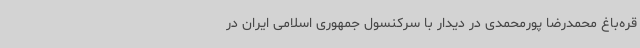
قره‌باغ محمدرضا پورمحمدی در دیدار با سرکنسول جمهوری اسلامی ایران در